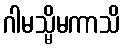
ဂါမသ္မိမကာသိ